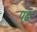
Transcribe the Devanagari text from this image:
प़ढ